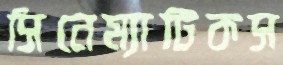
সিনেম্যাটিকস